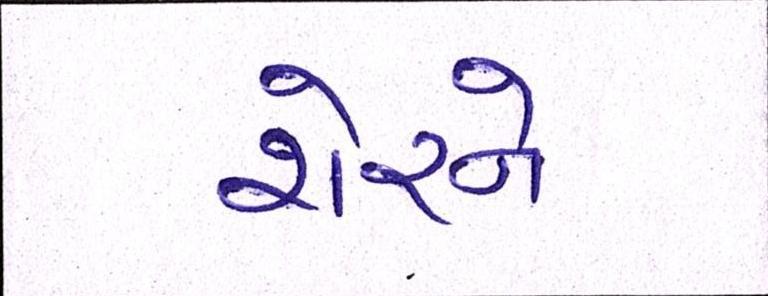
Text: શેરને